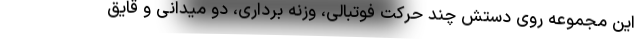
این مجموعه روی دستش چند حرکت فوتبالی، وزنه برداری، دو میدانی و قایق